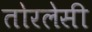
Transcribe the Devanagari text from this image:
तोरलेसी